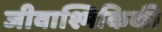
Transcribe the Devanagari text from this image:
जीवाश्मिकिकी